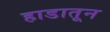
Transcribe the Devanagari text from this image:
हाडातून